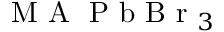
\mathrm { ~ M ~ A ~ } \mathrm { ~ P ~ b ~ B ~ r ~ } _ { 3 }